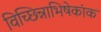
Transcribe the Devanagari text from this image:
विच्छिन्नाभिषेकांक